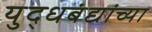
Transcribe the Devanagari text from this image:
युद्धबंद्यांच्या